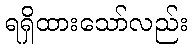
ရရှိထားသော်လည်း